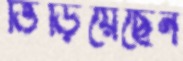
ভিড়িয়েছেন